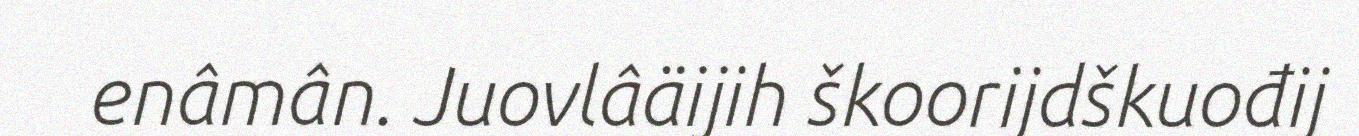
enâmân. Juovlâäijih škoorijdškuođij